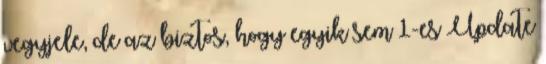
vegyjele, de az biztos, hogy egyik sem 1-es Update